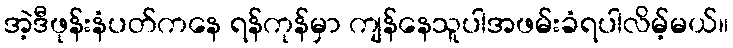
အဲ့ဒီဖုန်းနံပတ်ကနေ ရန်ကုန်မှာ ကျန်နေသူပါအဖမ်းခံရပါလိမ့်မယ်။